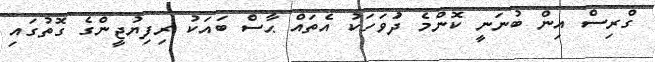
ގްރިސް އިން ބުނަނީ ކޮންމެ ދުަވަހަކު އެތައް ޙާސް ބައަކު ރިފިޔުޖީންގެ ގޮތުގައި